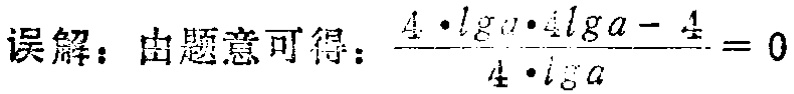
误解：由题意可得：\(\frac{4\cdot\lg a\cdot4\lg a - 4}{4\cdot\lg a}=0\)